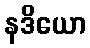
နဒိယော